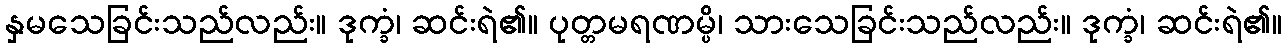
နှမသေခြင်းသည်လည်း။ ဒုက္ခံ၊ ဆင်းရဲ၏။ ပုတ္တမရဏမ္ပိ၊ သားသေခြင်းသည်လည်း။ ဒုက္ခံ၊ ဆင်းရဲ၏။